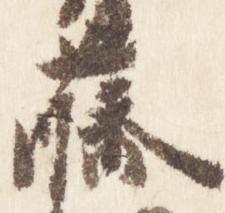
藤